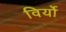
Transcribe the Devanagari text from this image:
विर्यो